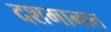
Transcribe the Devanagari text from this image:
दशमानात